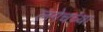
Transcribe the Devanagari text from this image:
लगेचच्या